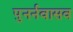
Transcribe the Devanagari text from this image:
पुनर्नवासव